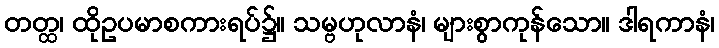
တတ္ထ၊ ထိုဥပမာစကားရပ်၌။ သမ္ဗဟုလာနံ၊ များစွာကုန်သော။ ဒါရကာနံ၊